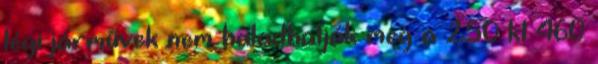
légi járművek nem haladhatják meg a 250 kt 460